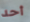
أحد